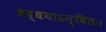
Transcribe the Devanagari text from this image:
श्रद्धयाऽन्वितः।